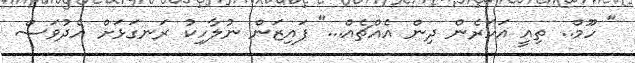
" ހޫމް.. ތިއީ އަހަރެން ދިން އެއްޗެއް..." ފައިޒަން ނުލާހިކު ރަނގަޅަށް އެދުވަސް